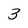
Character: 3